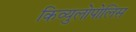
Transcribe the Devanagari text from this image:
किव्युलोपोलिस